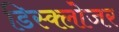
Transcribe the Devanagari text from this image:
डिस्क्लोजर